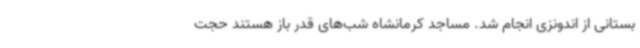
بستانی از اندونزی انجام شد. مساجد کرمانشاه شب‌های قدر باز هستند حجت